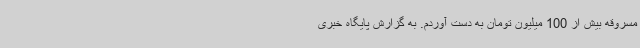
مسروقه بیش از 100 میلیون تومان به دست آوردم. به گزارش پایگاه خبری